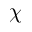
\chi